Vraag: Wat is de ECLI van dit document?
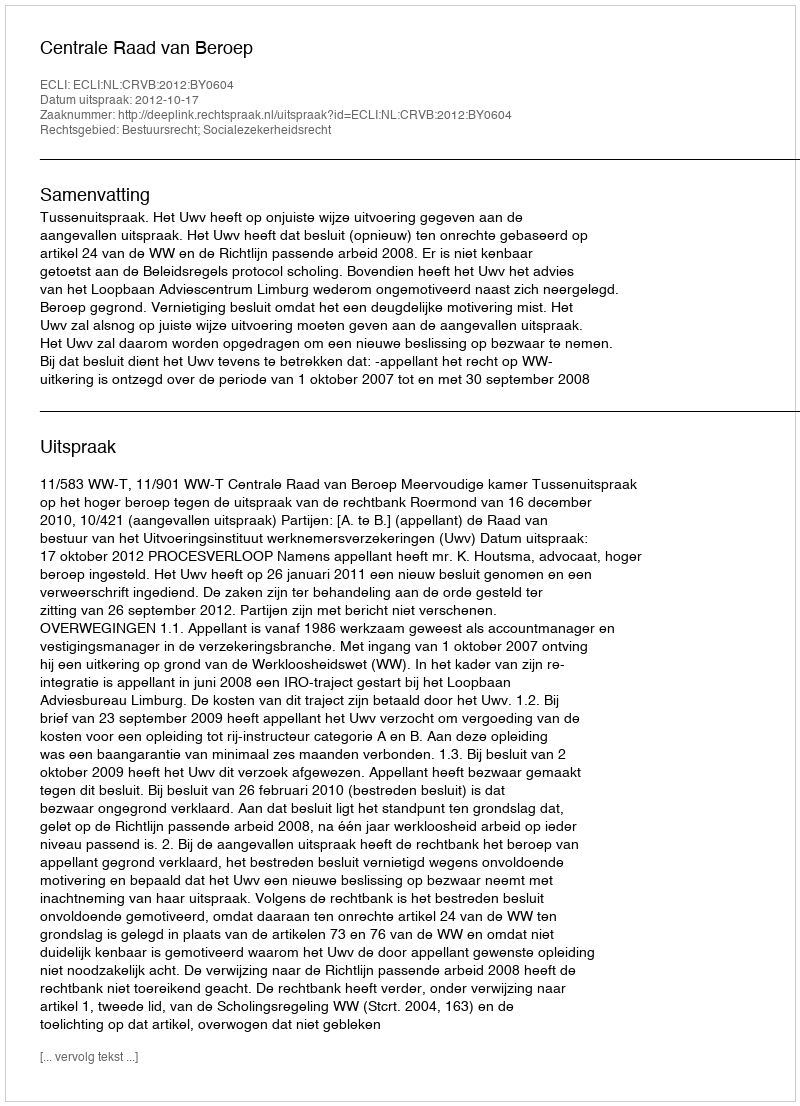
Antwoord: ECLI:NL:CRVB:2012:BY0604